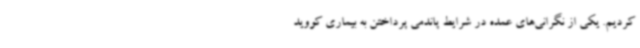
کردیم. یکی از نگرانی‌های عمده در شرایط پاندمی پرداختن به بیماری کووید